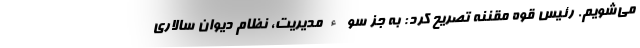
می‌شویم. رئیس قوه مقننه تصریح کرد: به جز سوءمدیریت، نظام دیوان سالاری